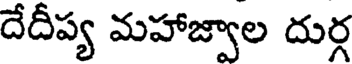
దేదీప్య మహాజ్వాల దుర్గ